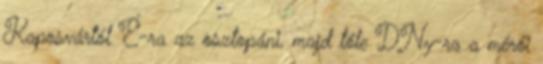
Kaposvártól É-ra az osztopáni, majd tőle DNy-ra a mérői